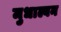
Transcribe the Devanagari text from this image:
मुधाल्वन